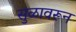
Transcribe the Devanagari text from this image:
सुळावरून